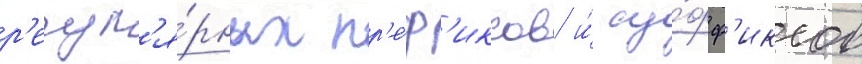
р'егул'я́рных пр'е́ф'иксов и́ су́фф'иксов